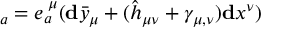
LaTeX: \mathbf { \omega } _ { a } = e _ { a } ^ { \; \mu } ( \mathbf { d } \bar { y } _ { \mu } + ( \hat { h } _ { \mu \nu } + \gamma _ { \mu , \nu } ) \mathbf { d } x ^ { \nu } )